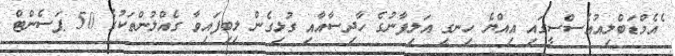
ެއެމްޑަބްލިއުއެސްސީގައި އިއްޔެ ހިނގި އަލިފާނުގެ ހާދިސާއާއި ގުޅިގެން ލިބިފައިވާ ގެއްލުންތަކުގެ 50 ޕަސެންޓް